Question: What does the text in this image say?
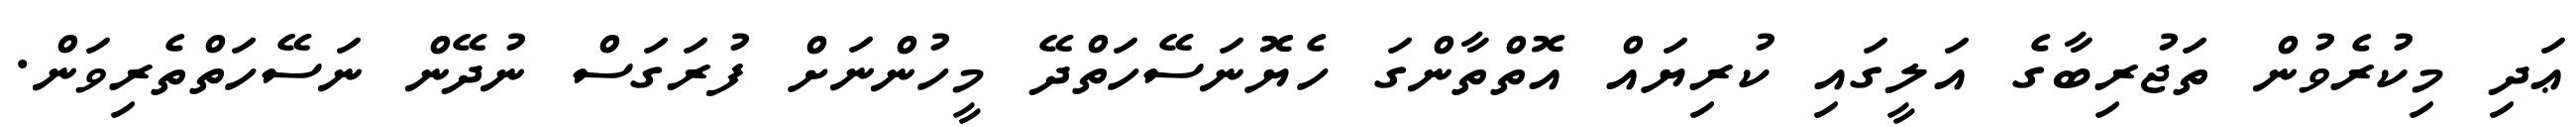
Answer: ޢަދި މިކުރެވުން ތަޖުރިބާގެ އަލީގައި ކުރިޔައް އޮތްތާންގަ ހެޔޮނަސޭހަތްދޭ މީހުންނަށް ފުރަގަސް ނުދޭން ނަސޭހަތްތެރިވަން.